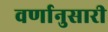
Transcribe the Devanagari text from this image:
वर्णानुसारी